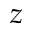
z